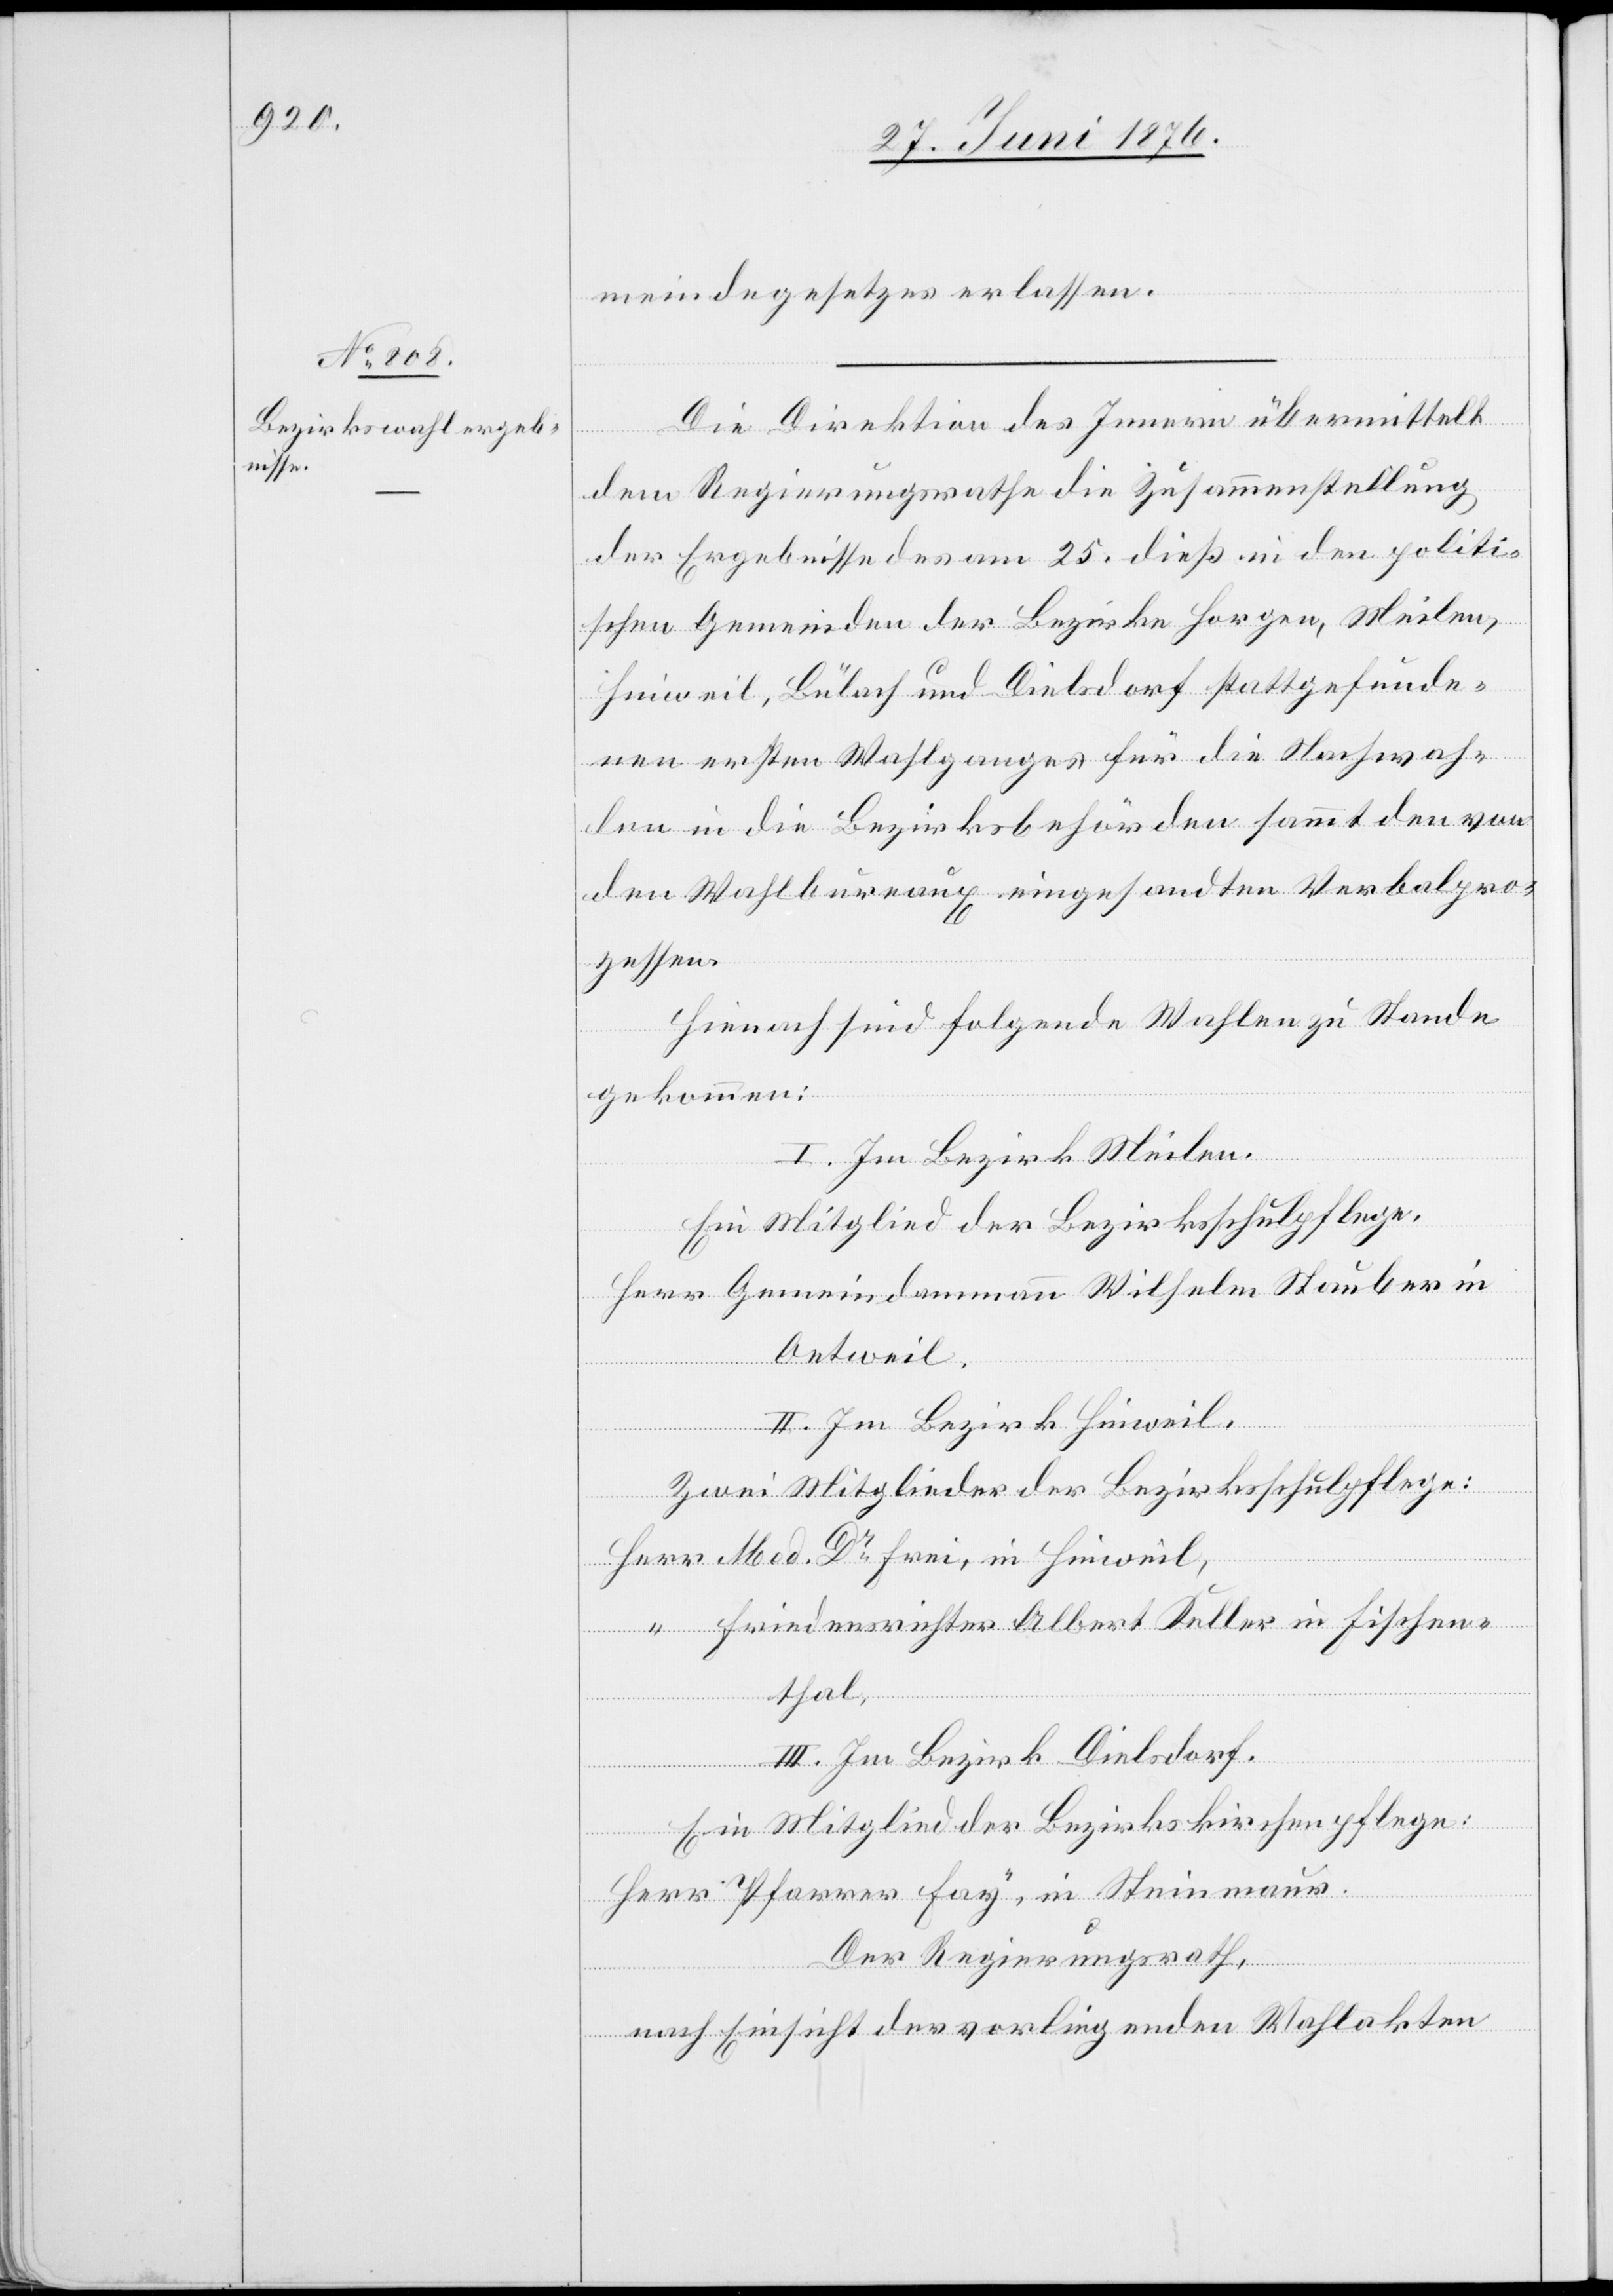
28. Juni 1876.]
meindegesetzes erlassen.
Die Direktion des Innern übermittelt
dem Regierungsrathe die Zusammenstellung
der Ergebnisse des am 25. dieß in den politi¬
schen Gemeinden der Bezirke Horgen, Meilen,
Hinweil, Bülach und Dielsdorf stattgefunde¬
nen ersten Wahlganges für die Nachwah¬
len in die Bezirksbehörden sammt den von
den Wahlbureaux eingesandten Verbalpro¬
zessen.
Hienach sind folgende Wahlen zu Stande
gekommen:
I. Im Bezirk Meilen.
Ein Mitglied der Bezirksschulpflege:
Herr Gemeindammann Wilhelm Stauber in
Oetweil.
II. Im Bezirk Hinweil.
Zwei Mitglieder der Bezirksschulpflege:
Herr Med. Dr Frei, in Hinweil,
“ Friedensrichter Albert Keller in Fischen¬
thal.
III. Im Bezirk Dielsdorf.
Herr Pfarrer Fay, in Steinmaur.
Der Regierungsrath,
nach Einsicht der vorliegenden Wahlakten